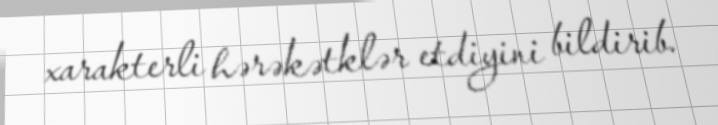
xarakterli hərəkətklər etdiyini bildirib.